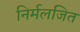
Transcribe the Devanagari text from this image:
निर्मलजित